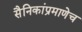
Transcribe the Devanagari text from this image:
सैनिकांप्रमाणेच